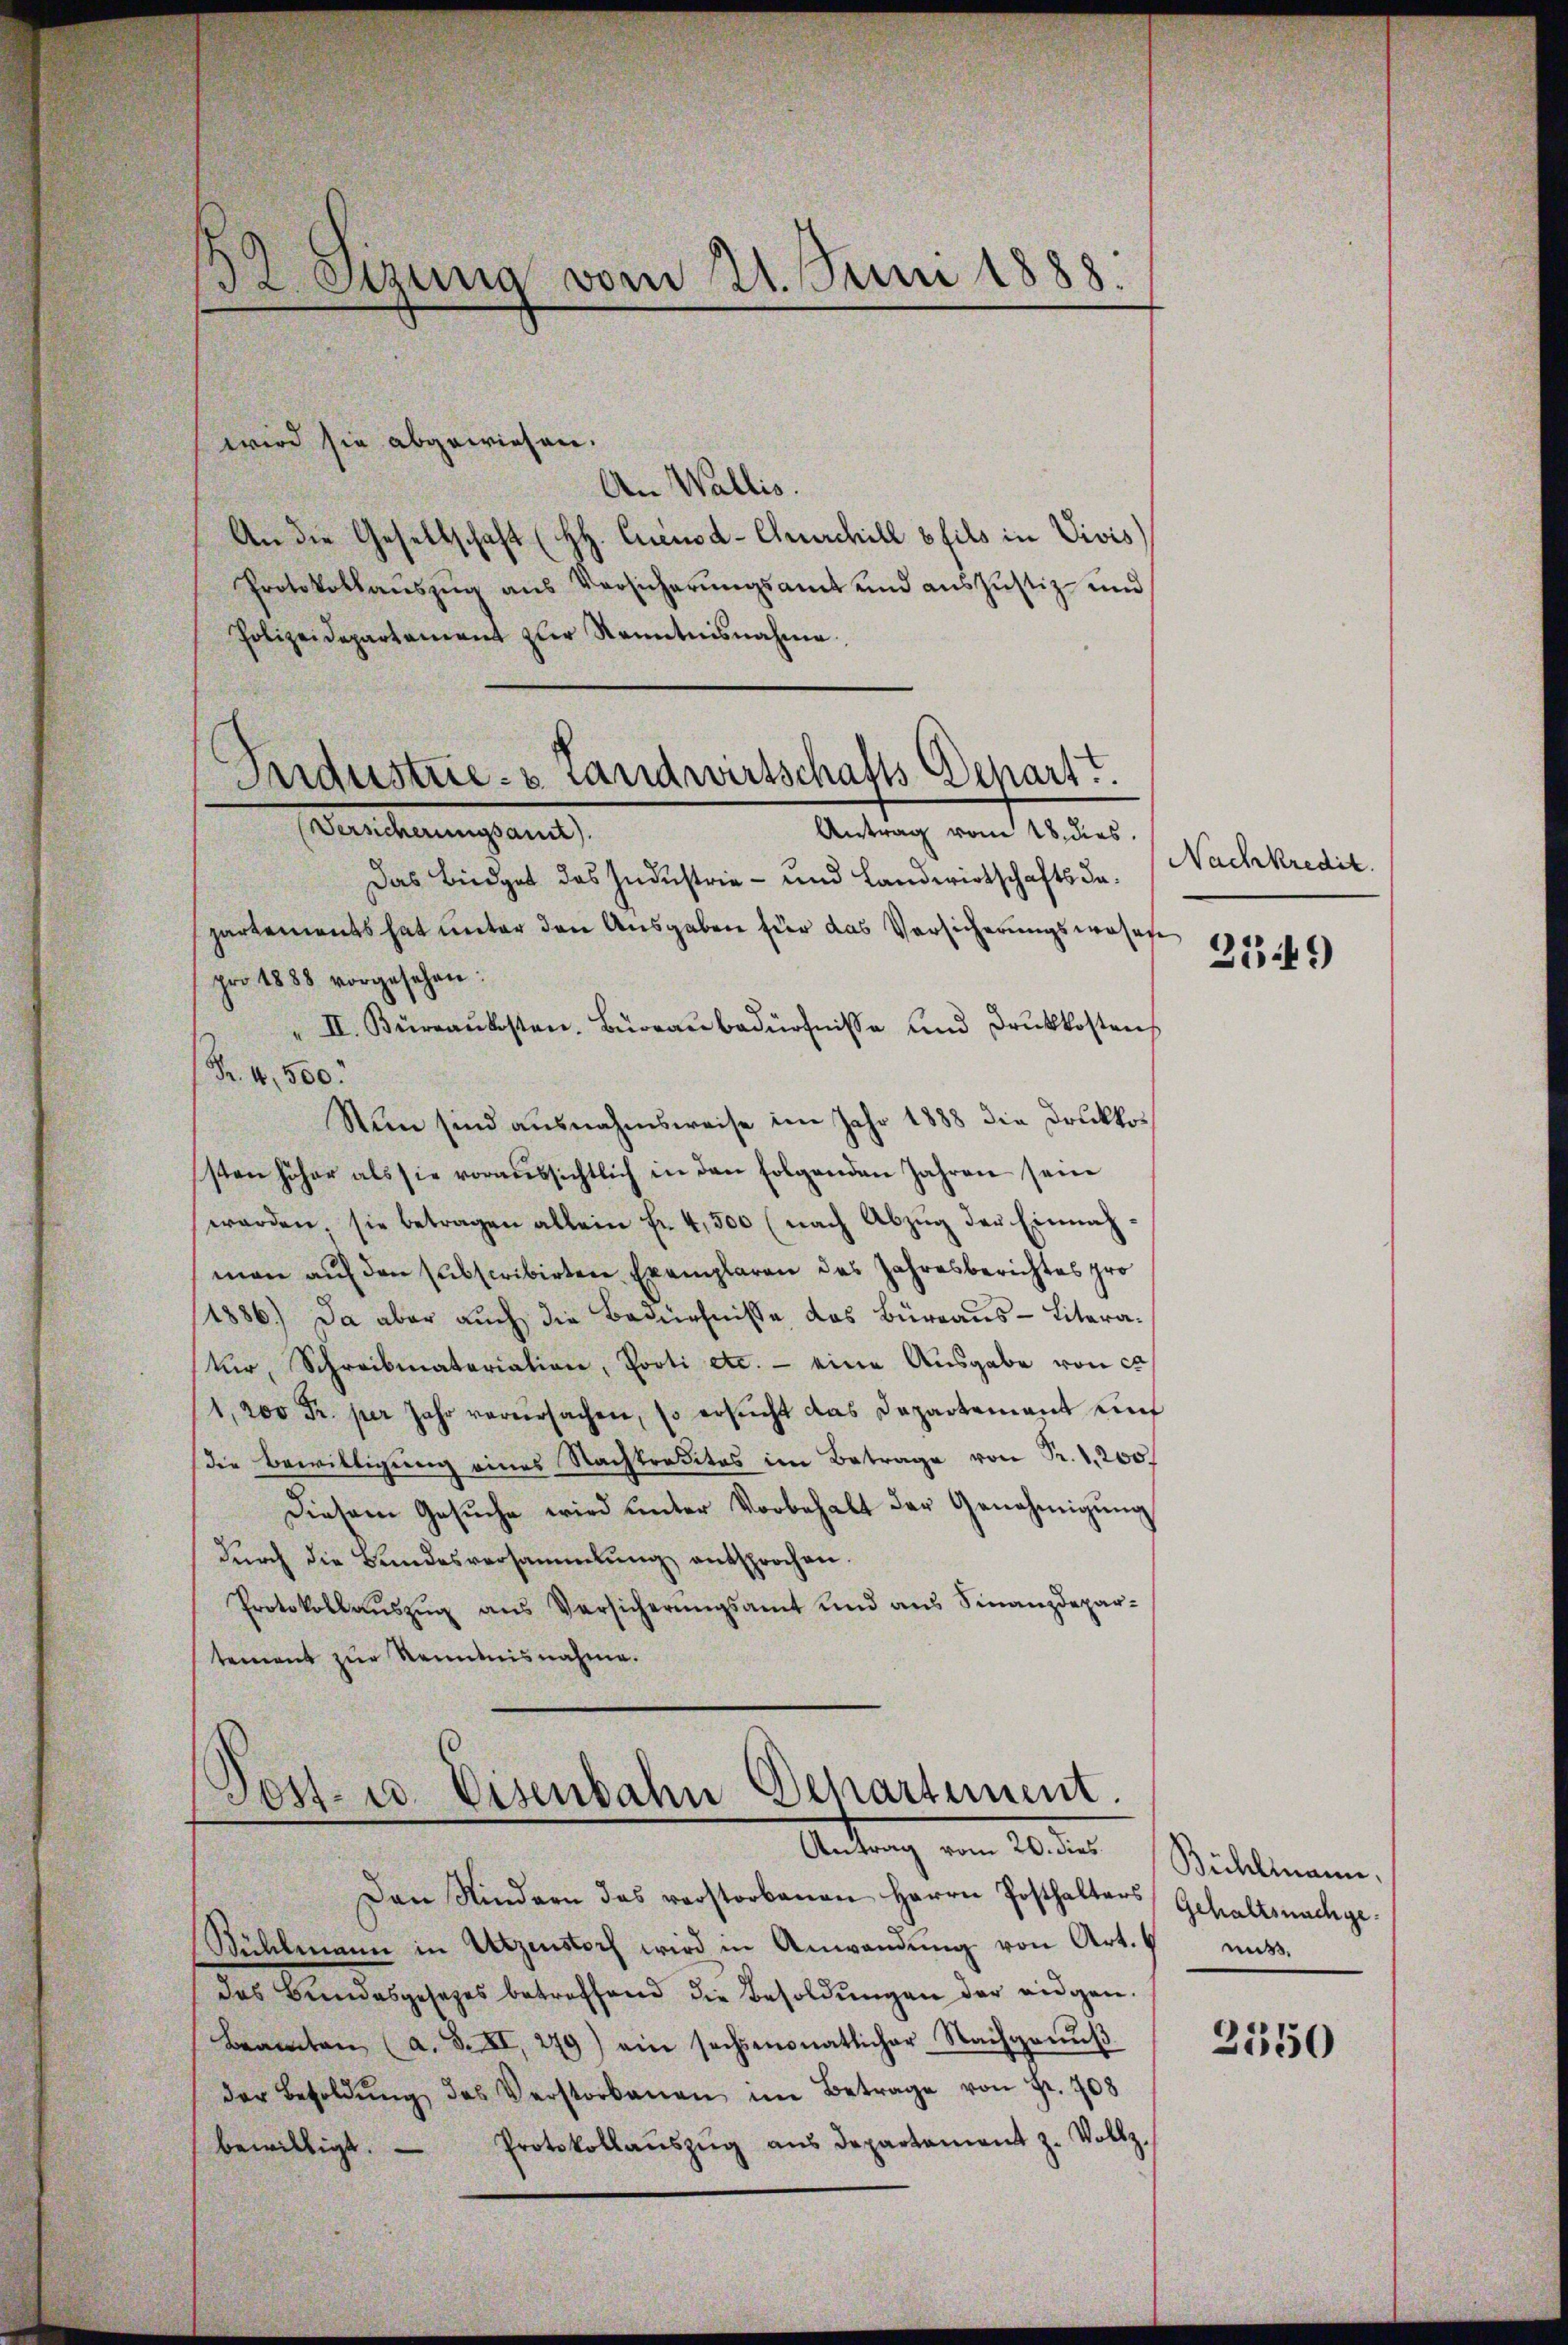
52 Stzung vom 21. Juni 1888.

wird sie abgewiesen.
An Wallis.
An die Gesellschaft (HH. Circusa-Cruschill fils in Vivis
Protokollaŭszŭg ans Versicherŭngsamt und aus Justiz- und
Polizeidepartement zŭr Kenntnisnahme.
Das Büdget das Industrie- und Landwirtschafts dapartements hat unter den Ausgaben für das Versicherungswesene
pro 1888 vorgesehen:
" II. Büreaŭbsten. Büreaŭbedürfnisse und drŭkkosten
Fr. 10,500.
Nun sind ausnahmsweise im Jahr 1888 die Druckkos
sten höher als sie voraussichtlich in den folgenden Jahren sein
werden, sie betragen allein fr. 4,500 (nach Abzug der Einnahman auf den subscribirten Exemplaren des Jahresberichtes pro
(1886.) Da aber auch die Bedürfnisse das Büreaus - Literatŭr, Schreibmateriation, Porti etc. - eine Ausgabe von ca
1,200 Fr. per Jahr verŭrsachen, so ersŭcht das Departement und
Die Bewilligung eines Nachtredites im Betrage von Pr. 1200.
Diesem Gesŭche wird ŭnter Vorbehalt der Genehmigŭng
dŭrch die Bŭndesversammlung entsprochen.
Protokollaŭszŭg ans Versicherŭngsamt und ans Finanzdepar-
tement zur Kenntnisnahme.

Industrie- & Landwirtschafts-Depart.
Banderungsans
Antrag vom 18. dies

Post- u. Eisenbahn Departement.
Antrag vom 20. dies Bühlmann,
Den Kindern das verstorbenen Herrn Posthalters Gehaltsnachge¬

Rühlmann in Utzenstoch wird in Anwendung von Art. 4 mit
das Bundesgesetzes betreffend die Besoldŭngen der eigen.
Beamten (a. S. II, 279) ein sechsmonatlicher Nachgenŭβ
der Besoldŭng des Verstorbenen im Betrage von Fr. 708
bewilligt. Protokollaŭszŭg aŭs departament z. Vollz

Nachkredit.

2349)

2550